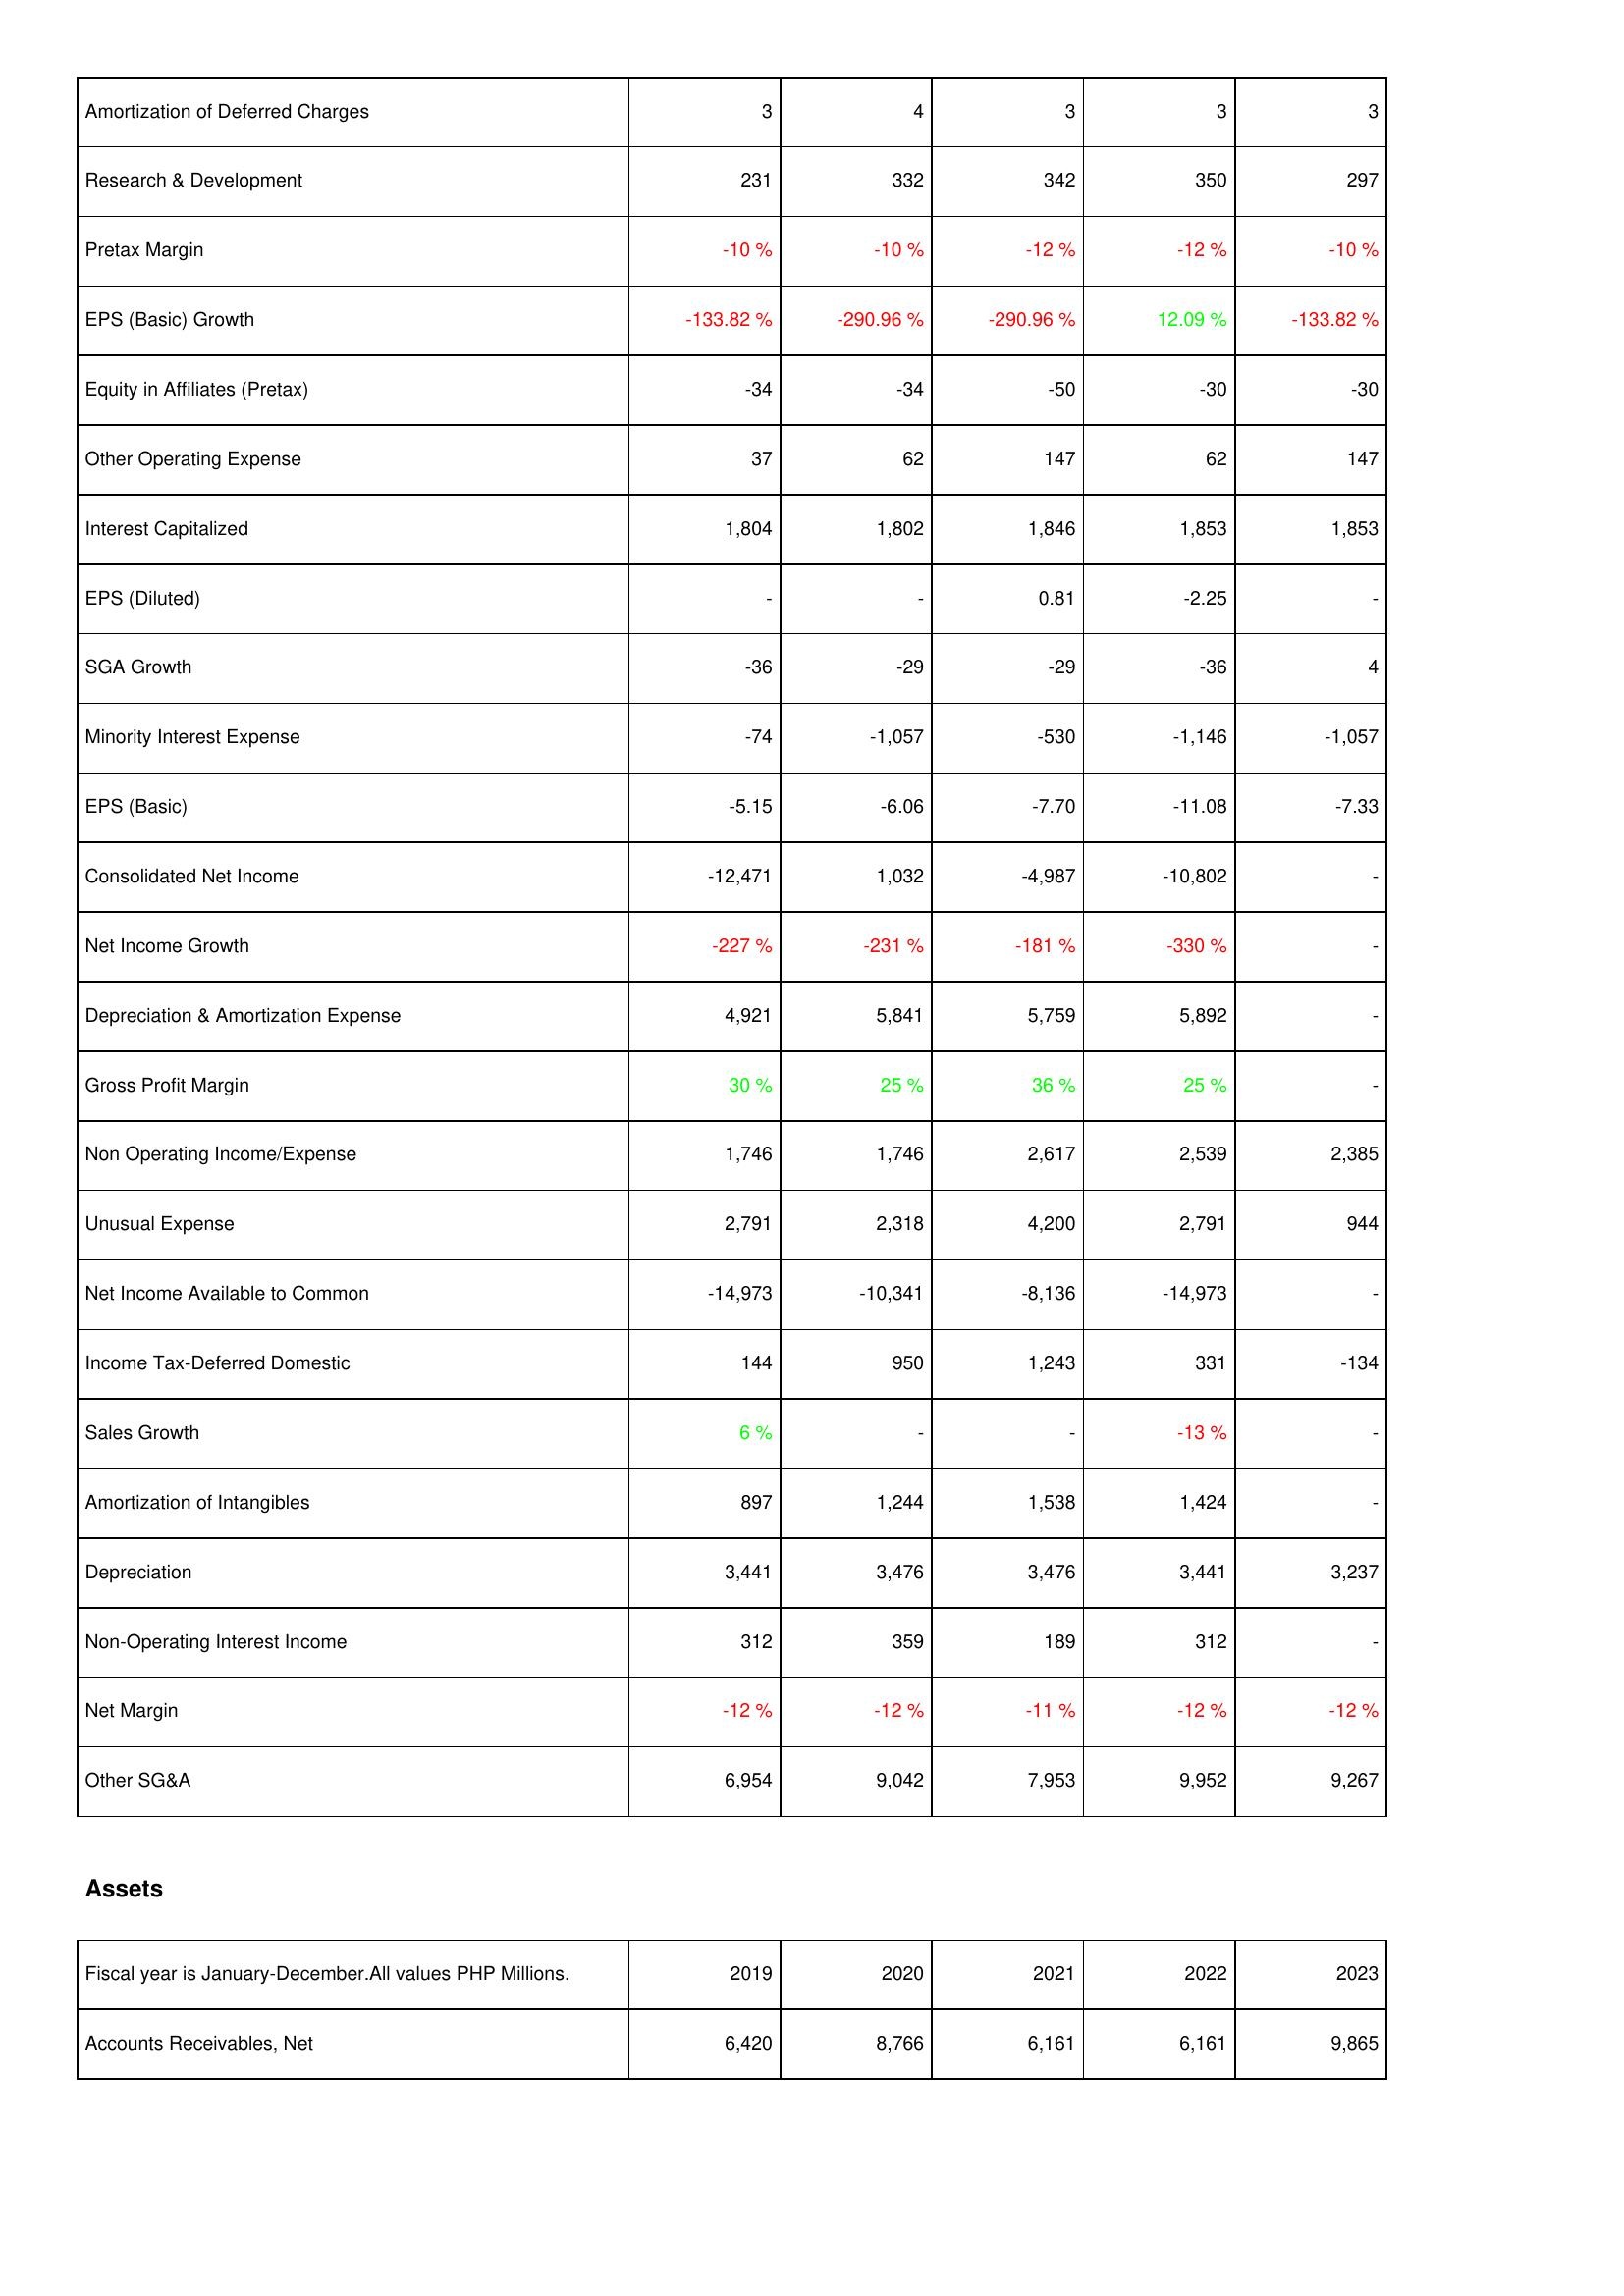
2019: Income Statement: Amortization of Deferred Charges: 3
Research & Development: 231
Pretax Margin: -10 %
EPS (Basic) Growth: -133.82 %
Equity in Affiliates (Pretax): -34
Other Operating Expense: 37
Interest Capitalized: 1,804
EPS (Diluted): -
SGA Growth: -36
Minority Interest Expense: -74
EPS (Basic): -5.15
Consolidated Net Income: -12,471
Net Income Growth: -227 %
Depreciation & Amortization Expense: 4,921
Gross Profit Margin: 30 %
Non Operating Income/Expense: 1,746
Unusual Expense: 2,791
Net Income Available to Common: -14,973
Income Tax-Deferred Domestic: 144
Sales Growth: 6 %
Amortization of Intangibles: 897
Depreciation: 3,441
Non-Operating Interest Income: 312
Net Margin: -12 %
Other SG&A: 6,954
Assets: Accounts Receivables, Net: 6,420
2020: Income Statement: Amortization of Deferred Charges: 4
Research & Development: 332
Pretax Margin: -10 %
EPS (Basic) Growth: -290.96 %
Equity in Affiliates (Pretax): -34
Other Operating Expense: 62
Interest Capitalized: 1,802
EPS (Diluted): -
SGA Growth: -29
Minority Interest Expense: -1,057
EPS (Basic): -6.06
Consolidated Net Income: 1,032
Net Income Growth: -231 %
Depreciation & Amortization Expense: 5,841
Gross Profit Margin: 25 %
Non Operating Income/Expense: 1,746
Unusual Expense: 2,318
Net Income Available to Common: -10,341
Income Tax-Deferred Domestic: 950
Sales Growth: -
Amortization of Intangibles: 1,244
Depreciation: 3,476
Non-Operating Interest Income: 359
Net Margin: -12 %
Other SG&A: 9,042
Assets: Accounts Receivables, Net: 8,766
2021: Income Statement: Amortization of Deferred Charges: 3
Research & Development: 342
Pretax Margin: -12 %
EPS (Basic) Growth: -290.96 %
Equity in Affiliates (Pretax): -50
Other Operating Expense: 147
Interest Capitalized: 1,846
EPS (Diluted): 0.81
SGA Growth: -29
Minority Interest Expense: -530
EPS (Basic): -7.70
Consolidated Net Income: -4,987
Net Income Growth: -181 %
Depreciation & Amortization Expense: 5,759
Gross Profit Margin: 36 %
Non Operating Income/Expense: 2,617
Unusual Expense: 4,200
Net Income Available to Common: -8,136
Income Tax-Deferred Domestic: 1,243
Sales Growth: -
Amortization of Intangibles: 1,538
Depreciation: 3,476
Non-Operating Interest Income: 189
Net Margin: -11 %
Other SG&A: 7,953
Assets: Accounts Receivables, Net: 6,161
2022: Income Statement: Amortization of Deferred Charges: 3
Research & Development: 350
Pretax Margin: -12 %
EPS (Basic) Growth: 12.09 %
Equity in Affiliates (Pretax): -30
Other Operating Expense: 62
Interest Capitalized: 1,853
EPS (Diluted): -2.25
SGA Growth: -36
Minority Interest Expense: -1,146
EPS (Basic): -11.08
Consolidated Net Income: -10,802
Net Income Growth: -330 %
Depreciation & Amortization Expense: 5,892
Gross Profit Margin: 25 %
Non Operating Income/Expense: 2,539
Unusual Expense: 2,791
Net Income Available to Common: -14,973
Income Tax-Deferred Domestic: 331
Sales Growth: -13 %
Amortization of Intangibles: 1,424
Depreciation: 3,441
Non-Operating Interest Income: 312
Net Margin: -12 %
Other SG&A: 9,952
Assets: Accounts Receivables, Net: 6,161
2023: Income Statement: Amortization of Deferred Charges: 3
Research & Development: 297
Pretax Margin: -10 %
EPS (Basic) Growth: -133.82 %
Equity in Affiliates (Pretax): -30
Other Operating Expense: 147
Interest Capitalized: 1,853
EPS (Diluted): -
SGA Growth: 4
Minority Interest Expense: -1,057
EPS (Basic): -7.33
Consolidated Net Income: -
Net Income Growth: -
Depreciation & Amortization Expense: -
Gross Profit Margin: -
Non Operating Income/Expense: 2,385
Unusual Expense: 944
Net Income Available to Common: -
Income Tax-Deferred Domestic: -134
Sales Growth: -
Amortization of Intangibles: -
Depreciation: 3,237
Non-Operating Interest Income: -
Net Margin: -12 %
Other SG&A: 9,267
Assets: Accounts Receivables, Net: 9,865